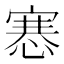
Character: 㥶